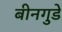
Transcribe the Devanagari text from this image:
बीनगुडे